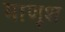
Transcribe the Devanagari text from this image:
माणूश